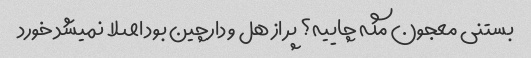
بستنی معجون مگه چاییه؟ پر از هل و دارچین بود اصلا نمیشد خورد